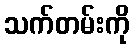
သက်တမ်းကို